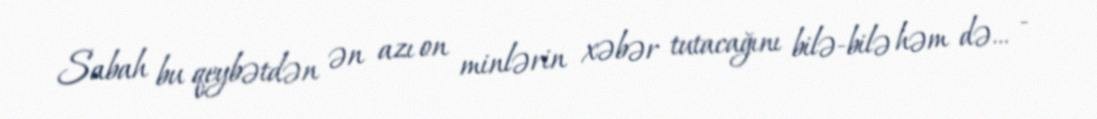
Sabah bu qeybətdən ən azı on minlərin xəbər tutacağını bilə-bilə həm də... -